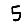
Digit: 5